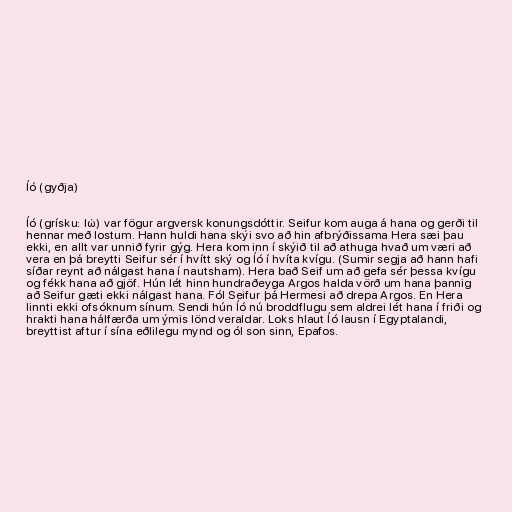
Íó (gyðja)

Íó (grísku: Ιώ) var fögur argversk konungsdóttir. Seifur kom auga á hana og gerði til
hennar með lostum. Hann huldi hana skýi svo að hin afbrýðissama Hera sæi þau
ekki, en allt var unnið fyrir gýg. Hera kom inn í skýið til að athuga hvað um væri að
vera en þá breytti Seifur sér í hvítt ský og Íó í hvíta kvígu. (Sumir segja að hann hafi
síðar reynt að nálgast hana í nautsham). Hera bað Seif um að gefa sér þessa kvígu
og fékk hana að gjöf. Hún lét hinn hundraðeyga Argos halda vörð um hana þannig
að Seifur gæti ekki nálgast hana. Fól Seifur þá Hermesi að drepa Argos. En Hera
linnti ekki ofsóknum sínum. Sendi hún Íó nú broddflugu sem aldrei lét hana í friði og
hrakti hana hálfærða um ýmis lönd veraldar. Loks hlaut Íó lausn í Egyptalandi,
breyttist aftur í sína eðlilegu mynd og ól son sinn, Epafos.